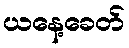
ယနေ့ခေတ်